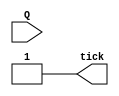
`timescale 1ns / 1ps
//////////////////////////////////////////////////////////////////////////////////
// Company: 
// 
// Design Name: 
// Module Name:    comparator 
// Project Name: 
// Target Devices: 
// Tool versions: 
// Description: 
//
// Dependencies: 
//
// Revision: 
// Revision 0.01 - File Created
// Additional Comments: 
//
//////////////////////////////////////////////////////////////////////////////////
module comparator( tick, Q );
//inputs
	input [19:0] Q;
//outputs 
	output tick;
	
//registers
	reg tick;
	
	always @(*) begin
		if ( !Q == 20'b11110100001000111111)
		
			tick = 1'b0;
			
		else
		
			tick = 1'b1;
			
		end
		
endmodule